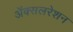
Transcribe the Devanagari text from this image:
अॅक्सलरेशन